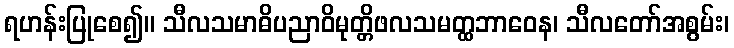
ရဟန်းပြုစေ၍။ သီလသမာဓိပညာဝိမုတ္တိဖလသမတ္ထဘာဝေန၊ သီလတော်အစွမ်း၊